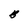
Character: B